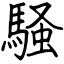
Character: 騒